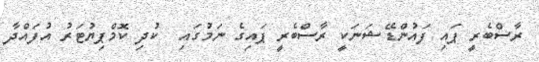
ރާސްބެރީ ޕައި ފައުންޑޭޝަނަކީ ރާސްބެރީ ޕައިގެ ނަމުގައި  ކުދި ކޮމްޕިޔުޓަރު އުފައްދާ